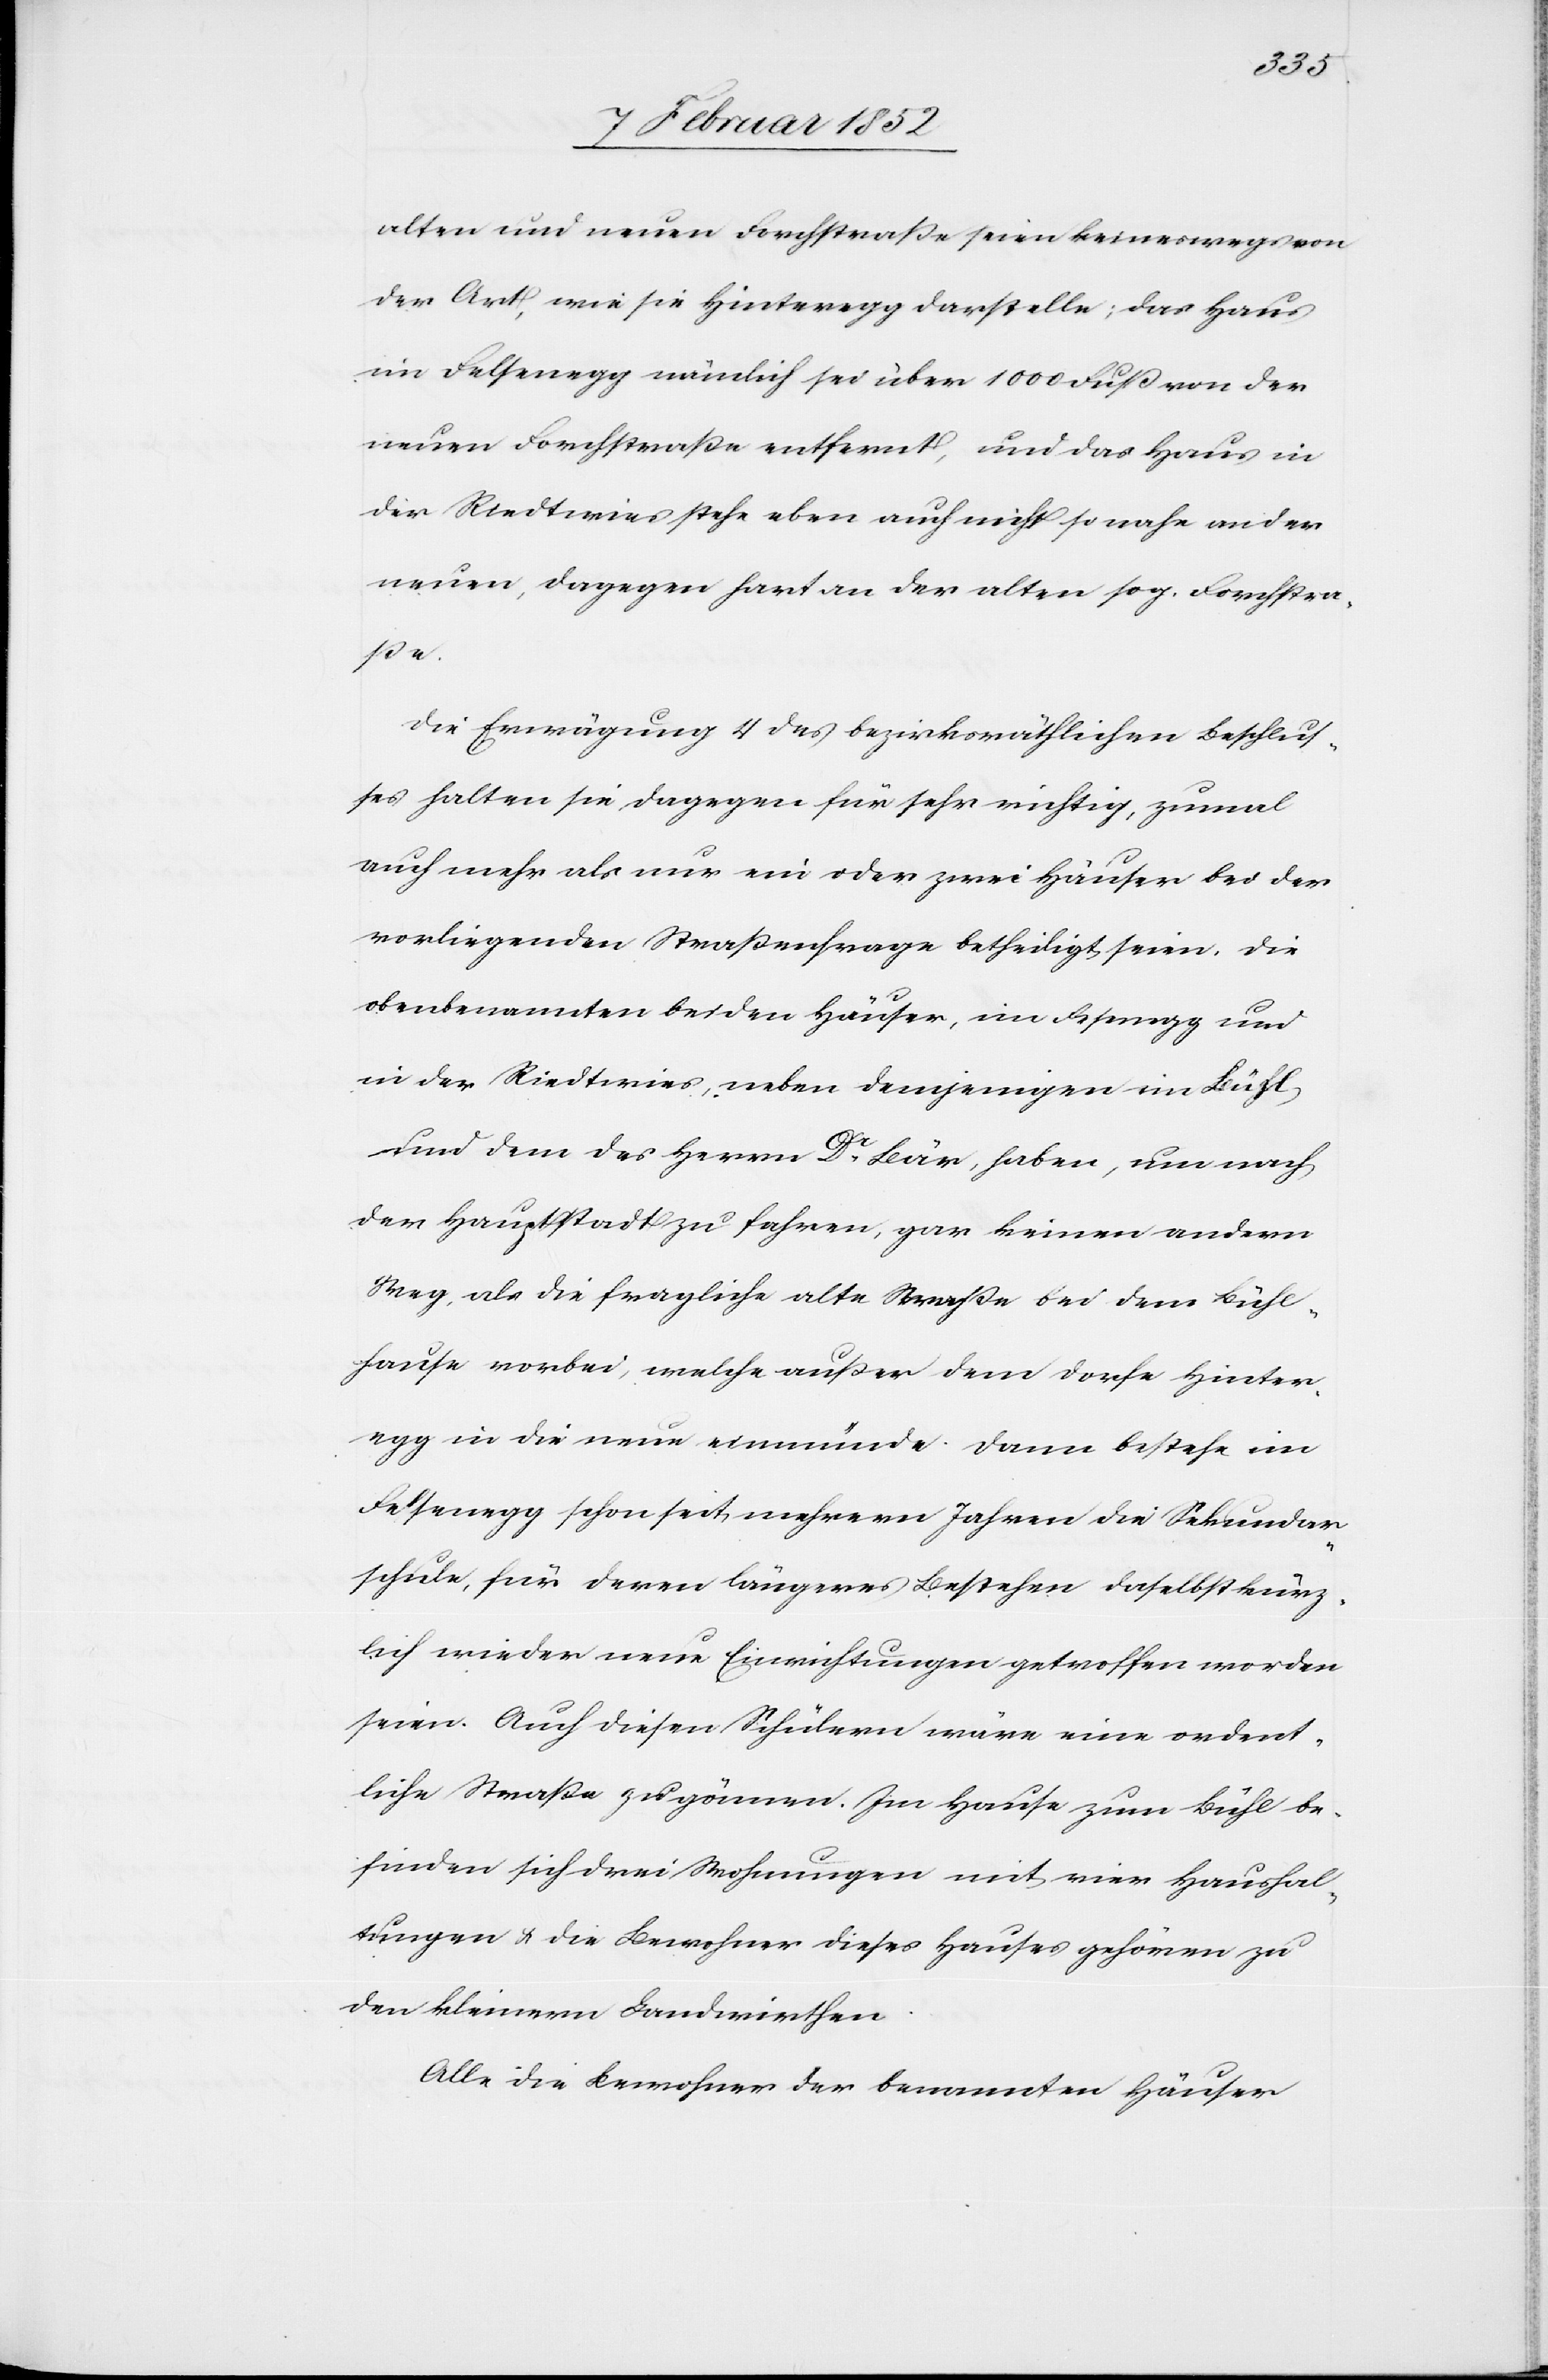
alten und neuen Forchstraße seien keineswegs von
der Art, wie sie Hinteregg darstelle; das Haus
im Felsenegg nämlich sei über 1000 Fuß von der
neuen Forchstraße entfernt, und das Haus in
der Riedtwies stehe eben auch nicht so nahe an der
neuen, dagegen hart an der alten sog. Forchstra¬
ße.
Die Erwägung 4 des bezirksräthlichen Beschluß¬
es halten sie dagegen für sehr richtig, zumal
auch mehr als nur ein oder zwei Häuser bei der
vorliegenden Straßenfrage betheiligt seien. Die
obenbenannten beiden Häuser, im Fesenegg
in der Riedtwies, neben demjenigen im Bühl,
und dem des Herrn Dr. Bär, haben, um nach
der Hauptstadt zu fahren, gar keinen andern
Weg, als die fragliche alte Straße bei dem Bühl¬
hause vorbei, welche außer dem Dorfe Hinter¬
egg schon seit mehrern Jahren die Sekundar¬
schule, für deren längeres Bestehen daselbst kürz¬
lich wieder neue Einrichtungen getroffen worden
seien. Auch diesen Schülern wäre eine ordent¬
liche Straße zu gönnen. Im Hause zum Bühl be¬
finden sich drei Wohnungen mit vier Haushal¬
tungen u. die Bewohner dieses Hauses gehören zu
den kleinern Landwirthen.
Alle die Bewohner der benannten Häuser